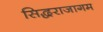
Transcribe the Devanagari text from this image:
सिद्धराजागम